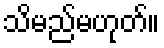
သိမည်မဟုတ်။